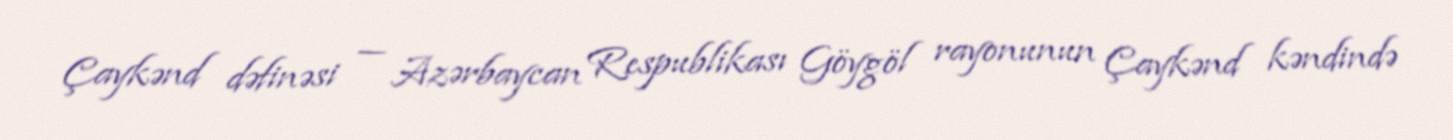
Çaykənd dəfinəsi — Azərbaycan Respublikası Göygöl rayonunun Çaykənd kəndində